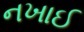
નખાઈ